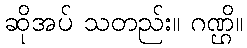
ဆိုအပ် သတည်း။ ဂဏ္ဌိ။